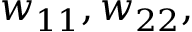
w _ { 1 1 } , w _ { 2 2 } ,